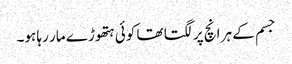
جسم کے ہر انچ پر لگتا تھا کوئی ہتھوڑے مار رہا ہو۔